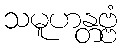
သမူဟန္တဗ္ဗံ